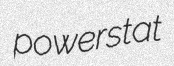
powerstat